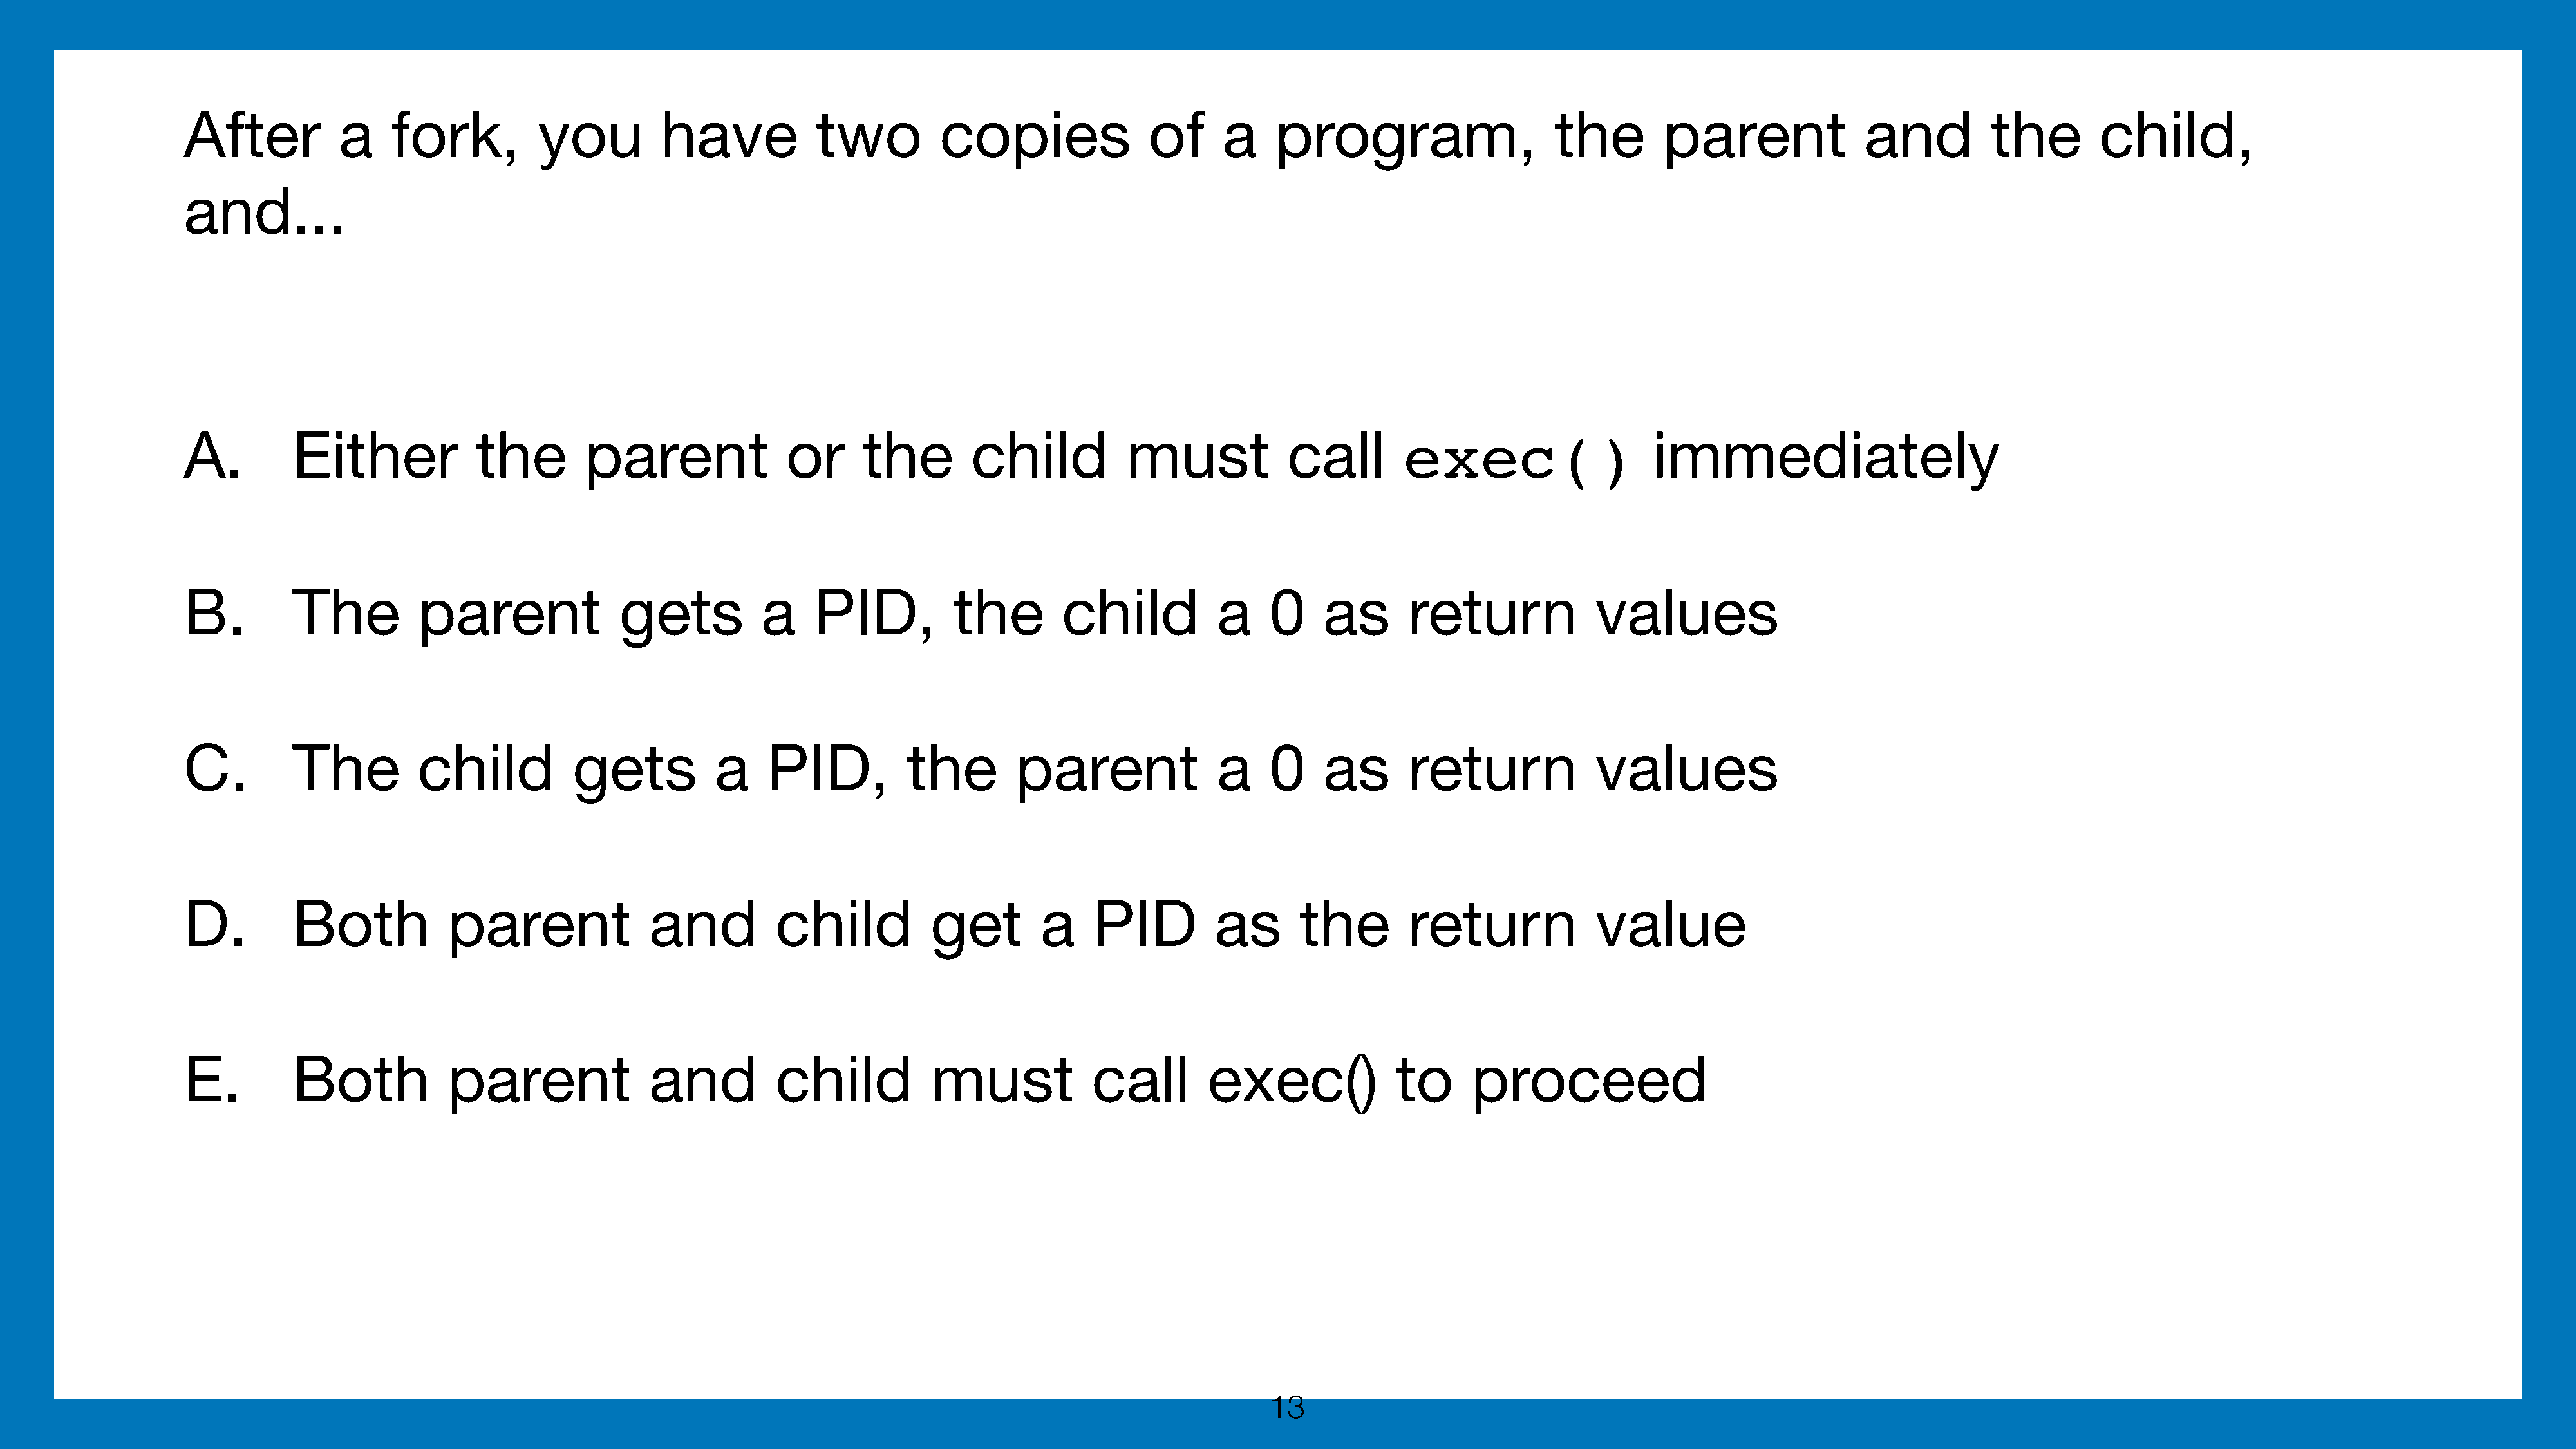
After           a    fork,          you          have            two          copies               of      a    program,                     the        parent               and          the        child,
 and...
 A.         Either             the        parent               or      the        child           must            call        exec()                    immediately
 B.         The          parent               gets          a     PID,          the        child           a     0    as       return             values
 C.         The          child           gets          a     PID,          the        parent               a     0    as       return             values
 D.         Both            parent               and          child           get        a    PID          as       the        return             value
 E.         Both            parent               and          child           must            call        exec()              to     proceed
 13